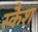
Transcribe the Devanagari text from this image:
स्कैश